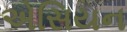
એસિયન